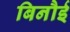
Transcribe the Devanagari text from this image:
बिनौई